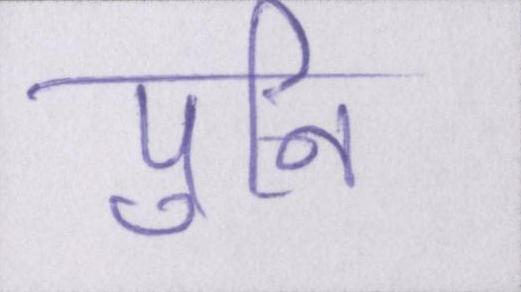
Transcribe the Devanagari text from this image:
पुनि